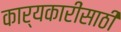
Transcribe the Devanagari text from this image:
कार्यकारींसाठी